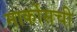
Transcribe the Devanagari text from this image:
मार्कोसची